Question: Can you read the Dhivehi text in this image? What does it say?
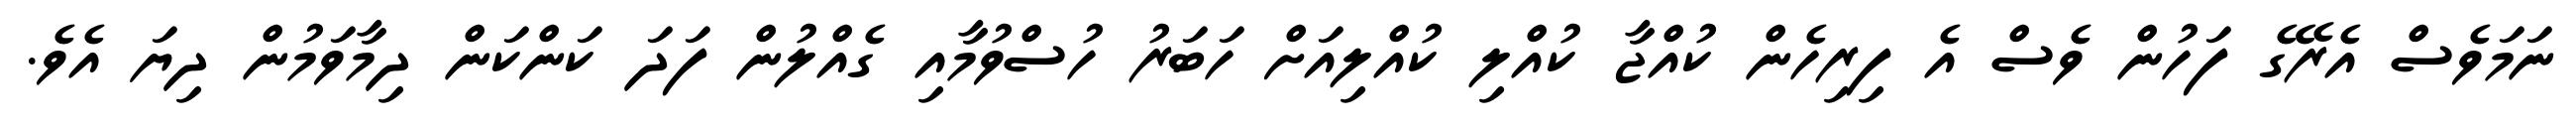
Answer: ނަމަވެސް އެރޭގެ ފަހުން ވެސް އެ ފިރިހެން ކުއްޖާ ކުއްލި ކުއްލިއަށް ހަބަރު ހުސްވުމާއި ގެއްލުން ފަދަ ކަންކަން ދިމާވަމުން ދިޔަ އެވެ.